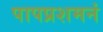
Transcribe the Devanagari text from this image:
पापप्रशमनं